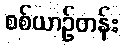
စစ်ယာဉ်တန်း